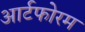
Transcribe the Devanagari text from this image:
आर्टफोरम